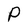
Character: P